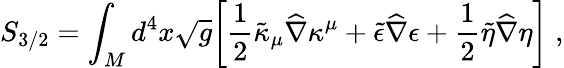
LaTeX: S_{3/2}=\int_{M}d^{4}x\sqrt{g}\biggr[{\frac{1}{2}}\tilde{\kappa}_{\mu}{\widehat\nabla}\kappa^{\mu}+\tilde{\epsilon}{\widehat\nabla}\epsilon+{\frac{1}{2}}\tilde{\eta}{\widehat\nabla}\eta\biggr]\; ,